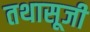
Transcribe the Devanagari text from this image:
तथासूजी